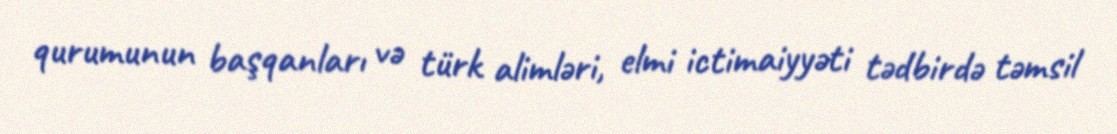
qurumunun başqanları və türk alimləri, elmi ictimaiyyəti tədbirdə təmsil